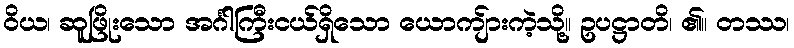
ဝိယ၊ ဆူဖြိုးသော အင်္ဂါကြီးငယ်ရှိသော ယောကျ်ားကဲ့သို့။ ဥပဋ္ဌာတိ၊ ၏။ တဿ၊